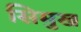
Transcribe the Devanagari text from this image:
सिमुख